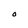
Character: O